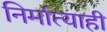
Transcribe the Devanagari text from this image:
निर्मात्याही